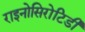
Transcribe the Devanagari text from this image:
राइनोसिरोटिडी